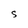
Character: S